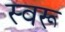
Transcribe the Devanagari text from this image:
स्वरू